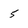
Character: 5